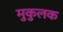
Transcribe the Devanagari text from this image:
मुकुलक